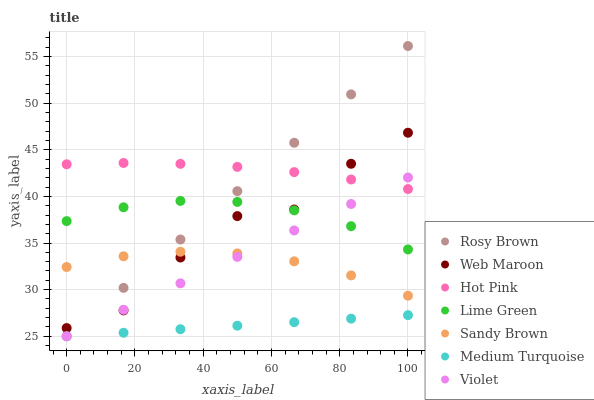
| xaxis_label | Rosy Brown | Web Maroon | Hot Pink | Lime Green | Sandy Brown | Medium Turquoise | Violet |
 | --- | --- | --- | --- | --- | --- | --- | --- |
 | 0 | 25 | 25.9 | 43.4 | 37.4 | 32.4 | 25 | 25 |
 | 16.7 | 30.2 | 27.8 | 43.6 | 38.8 | 33.6 | 25.4 | 27.8 |
 | 33.3 | 35.4 | 33.4 | 43.5 | 39.5 | 34.1 | 25.8 | 30.7 |
 | 50 | 40.6 | 37.9 | 43.2 | 39.4 | 33.9 | 26.1 | 33.5 |
 | 66.7 | 45.8 | 38.6 | 42.6 | 38.5 | 33 | 26.5 | 36.4 |
 | 83.3 | 50.9 | 43.5 | 41.8 | 36.8 | 31.5 | 26.9 | 39.2 |
 | 100 | 56.1 | 46.8 | 40.8 | 34.3 | 29.4 | 27.3 | 42 |